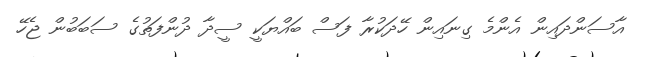
އާސަންދައިން އެންމެ ގިނައިން ހޭދަކުރާ ފަސް ބައްޔަކީ ސީދާ ދުންފަތުގެ ސަބަބުން ޖެހޭ